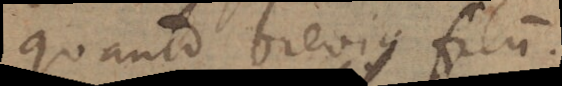
quanto brevius filum.